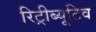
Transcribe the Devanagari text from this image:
रिट्रीब्यूटिव